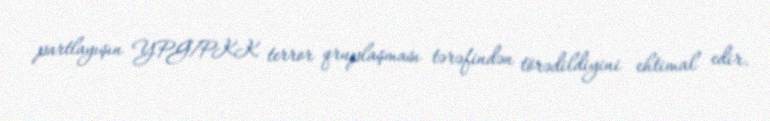
partlayışın YPG/PKK terror qruplaşması tərəfindən törədildiyini ehtimal edir.